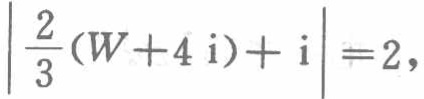
\(\left|\frac{2}{3}(W + 4\mathrm{i})+\mathrm{i}\right| = 2\)